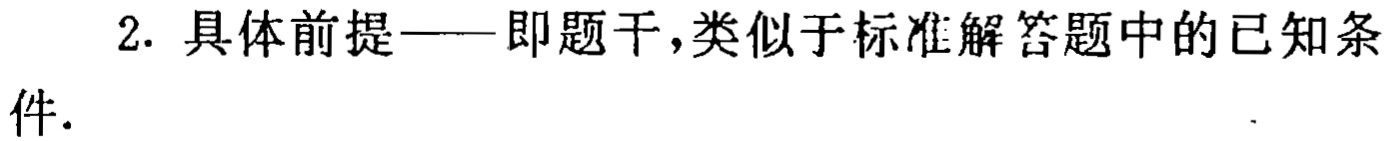
2. 具体前提——即题干,类似于标准解答题中的已知条件.